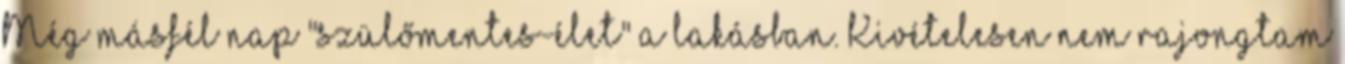
Még másfél nap "szülőmentes-élet" a lakásban. Kivételesen nem rajongtam